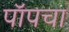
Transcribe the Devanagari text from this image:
पॉपचा